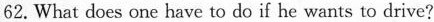
62.What does one have to do if he wants to drive?